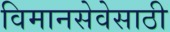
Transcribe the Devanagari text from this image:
विमानसेवेसाठी